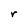
Character: r